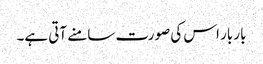
بار بار اس کی صورت سامنے آتی ہے۔